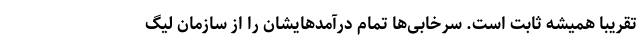
تقریبا همیشه ثابت است. سرخابی‌ها تمام درآمدهایشان را از سازمان لیگ